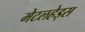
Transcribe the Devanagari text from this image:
मेटलहेड्स